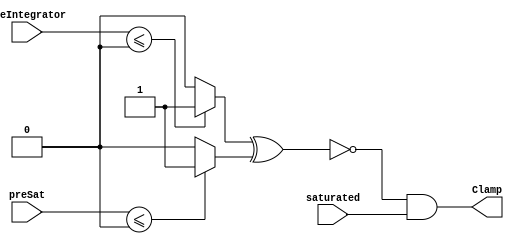
module velocityControlHdl_Clamp
          (
           preIntegrator,
           preSat,
           saturated,
           Clamp
          );
  input   signed [35:0] preIntegrator;  
  input   signed [35:0] preSat;  
  input   saturated;
  output  Clamp;
  wire Compare_To_Zero_out1;
  wire Compare_To_Zero1_out1;
  wire Compare_To_Zero_out1_1;
  wire Logical_Operator_out1;
  assign Compare_To_Zero_out1 = (preIntegrator <= 36'sh000000000 ? 1'b1 :
              1'b0);
  assign Compare_To_Zero1_out1 = (preSat <= 36'sh000000000 ? 1'b1 :
              1'b0);
  assign Compare_To_Zero_out1_1 =  ~ (Compare_To_Zero_out1 ^ Compare_To_Zero1_out1);
  assign Logical_Operator_out1 = Compare_To_Zero_out1_1 & saturated;
  assign Clamp = Logical_Operator_out1;
endmodule